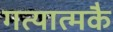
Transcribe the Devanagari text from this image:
गत्यात्मकै